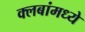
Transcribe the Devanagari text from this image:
क्लबांमध्ये